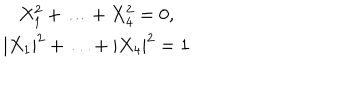
\begin{array} { c } { { X _ { 1 } ^ { 2 } + \ldots + X _ { 4 } ^ { 2 } = 0 , } } \\ { { | X _ { 1 } | ^ { 2 } + \ldots + | X _ { 4 } | ^ { 2 } = 1 } } \\ \end{array}